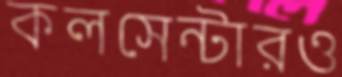
কলসেন্টারও